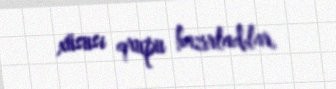
xüsusi qrupu hazırladılar.